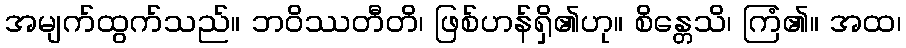
အမျက်ထွက်သည်။ ဘဝိဿတီတိ၊ ဖြစ်ဟန်ရှိ၏ဟု။ စိန္တေသိ၊ ကြံ၏။ အထ၊